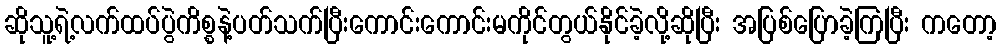
ဆိုသူ့ရဲ့လက်ထပ်ပွဲကိစ္စနဲ့ပတ်သက်ပြီးကောင်းကောင်းမကိုင်တွယ်နိုင်ခဲ့လို့ဆိုပြီး အပြစ်ပြောခဲ့ကြပြီး ကတော့